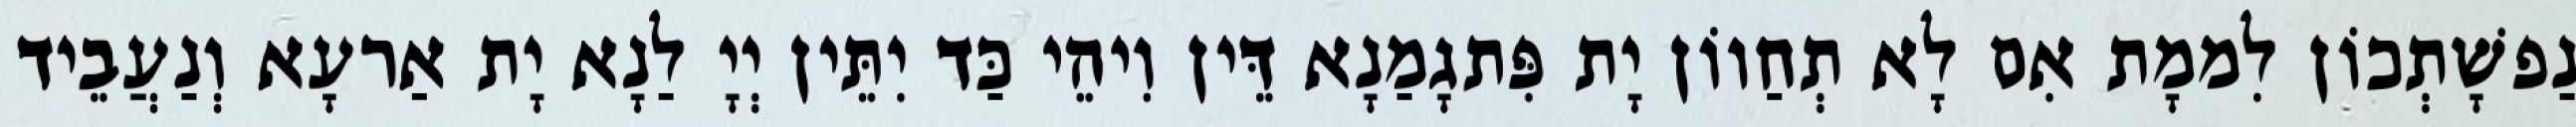
נַפשָׁתְכוֹן לִממָת אִם לָא תְחַווֹן יָת פִּתגָמַנָא דֵּין וִיהֵי כַּד יִתֵּין יְיָ לַנָא יָת אַרעָא וְנַעֲבֵיד